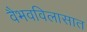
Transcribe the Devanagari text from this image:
वैभवविलासात